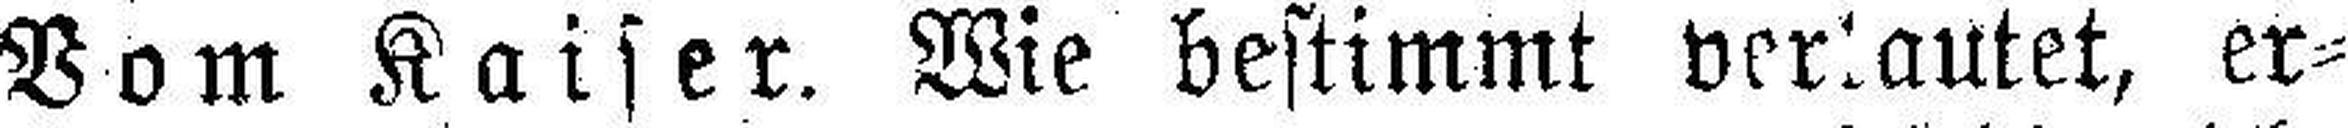
Vom Kaiser. Wie bestimmt verlautet, er¬